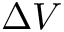
\Delta V